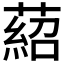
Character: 𦹄